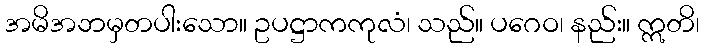
အမိအဘမှတပါးသော။ ဥပဋ္ဌာကကုလံ၊ သည်။ ပဂေဝ၊ နည်း။ ဣတိ၊